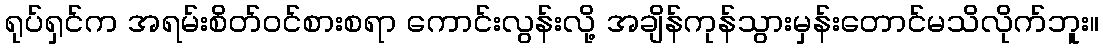
ရုပ်ရှင်က အရမ်းစိတ်ဝင်စားစရာ ကောင်းလွန်းလို့ အချိန်ကုန်သွားမှန်းတောင်မသိလိုက်ဘူး။